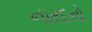
નારદનો